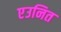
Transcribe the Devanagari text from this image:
एउनित